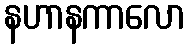
နဟာနကာလော